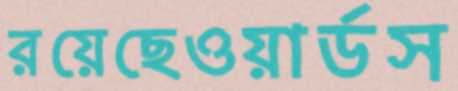
রয়েছেওয়ার্ডস